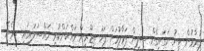
ފުރާޅުން ޓިނު ނަގައިގެން ސީލިން ފަޅާލުމަށް ފަހު ތިޖޫރީން ވައްކަންކުރި މައްސަލައިގައި ހިމެނޭ